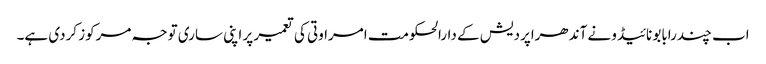
اب چندرابابو نائیڈو نے آندھراپردیش کے دارالحکومت امراوتی کی تعمیر پر اپنی ساری توجہ مرکوز کردی ہے۔